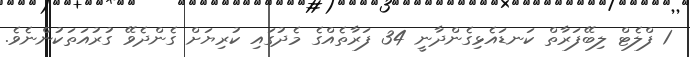
1 ފްލެޓް ލިބޭފަރާތް ކަނޑައެޅިގެންދާނީ 34 ފަރާތެއްގެ މެދުގައި ކުރިޔަށް ގެންދެވޭ ގުރުއަތަކުންނެވެ.